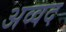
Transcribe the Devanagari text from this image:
अव्वद